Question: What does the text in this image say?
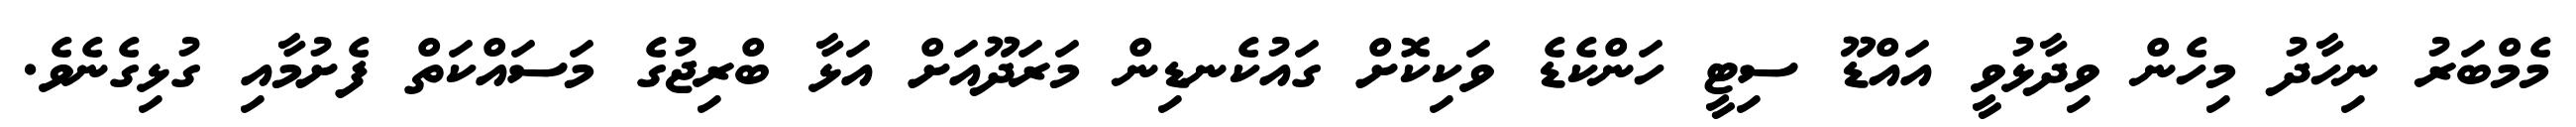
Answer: މެމްބަރު ނިހާދު މިހެން ވިދާޅުވީ އައްޑޫ ސިޓީ ހަންކެޑެ ވަކިކޮށް ގައުކެނޑިން މަރަދޫއަށް އަޅާ ބްރިޖުގެ މަސައްކަތް ފެށުމާއި ގުޅިގެނެވެ.